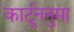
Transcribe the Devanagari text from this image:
कार्टूननुमा